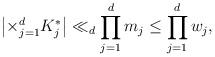
LaTeX: \begin{align*}\left|\times _{j=1}^{d} K_j^*\right|\ll_d \prod_{j=1}^{d} m_j\le\prod_{j=1}^{d} w_j ,\end{align*}